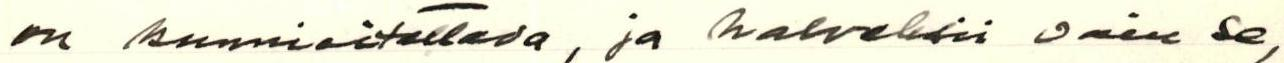
on kunnioitettava, ja halveksii vain se,